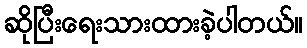
ဆိုပြီးရေးသားထားခဲ့ပါတယ်။